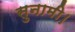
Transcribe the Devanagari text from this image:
सुनामी।